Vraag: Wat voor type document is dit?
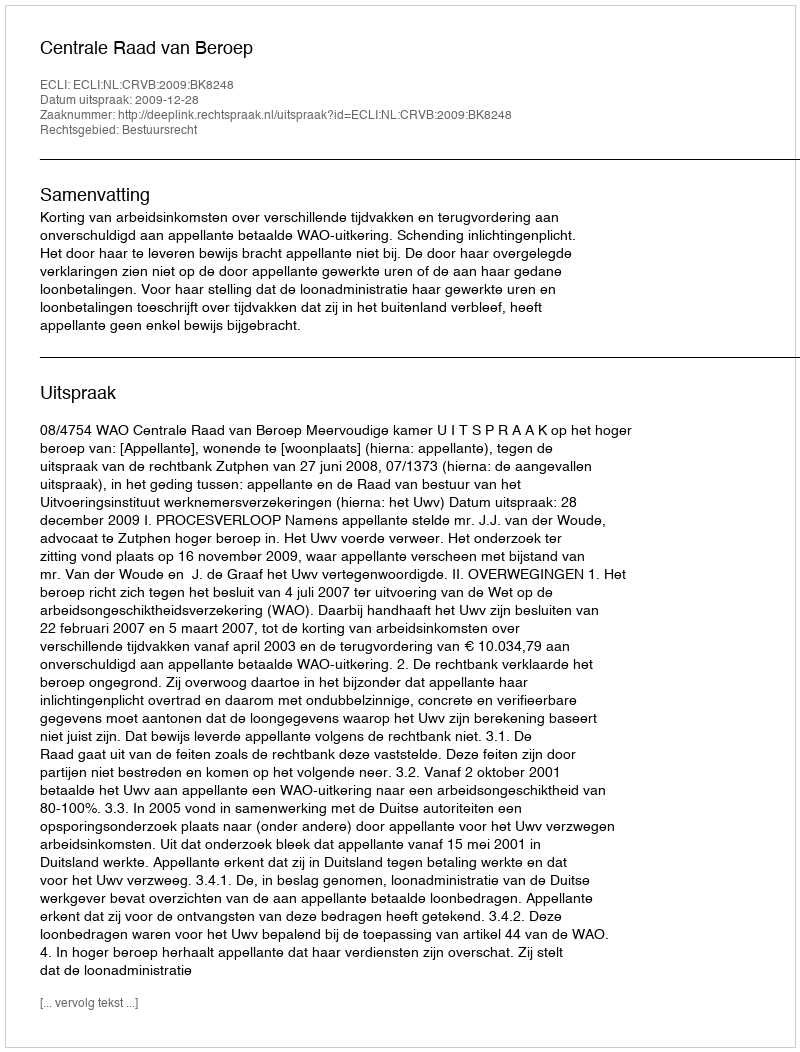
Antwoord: Uitspraak